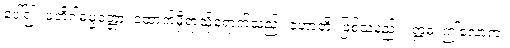
ပေါ်၍။ ပတိဂါဓမ္မတ္တော၊ ထောက်မှီရာသို့ရောက်သည်။ ဟောတိ၊ ဖြစ်သနည်း။ ဣဓ၊ ဤလောက။